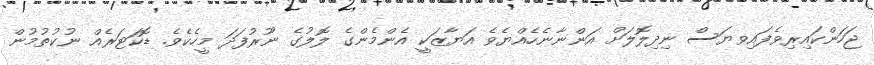
ޖަހަންކައިރިވެފައިވޔަސް ނިދިލޮލަށް އަންނާނެހެއްޔެވެ އަޔާޒަކީ އެންމެންގެ ލޮލުގެ ނޫރުފަދަ މީހެކެވެ. ޑޮކަޓަރެއް ނުކުތުމުން